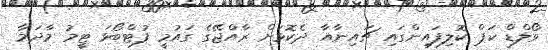
ވޯލްޑް ކަޕް ކޮލިފައިންގައި ޗައިނާއާ ދެކޮޅަށް ރާއްޖޭގެ ގައުމީ ފުޓްބޯޅަ ޓީމު މާދަމާ